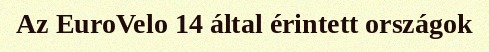
Az EuroVelo 14 által érintett országok